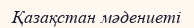
Қазақстан мәдениеті